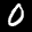
Label: 0